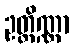
ဥတ္တိဏ္ဏာ